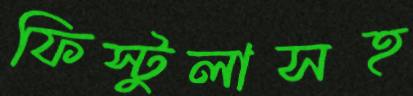
ফিস্টুলাসহ